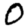
Digit: 0